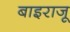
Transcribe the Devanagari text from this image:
बाइराजू